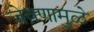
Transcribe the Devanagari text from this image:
जेवणामुळे